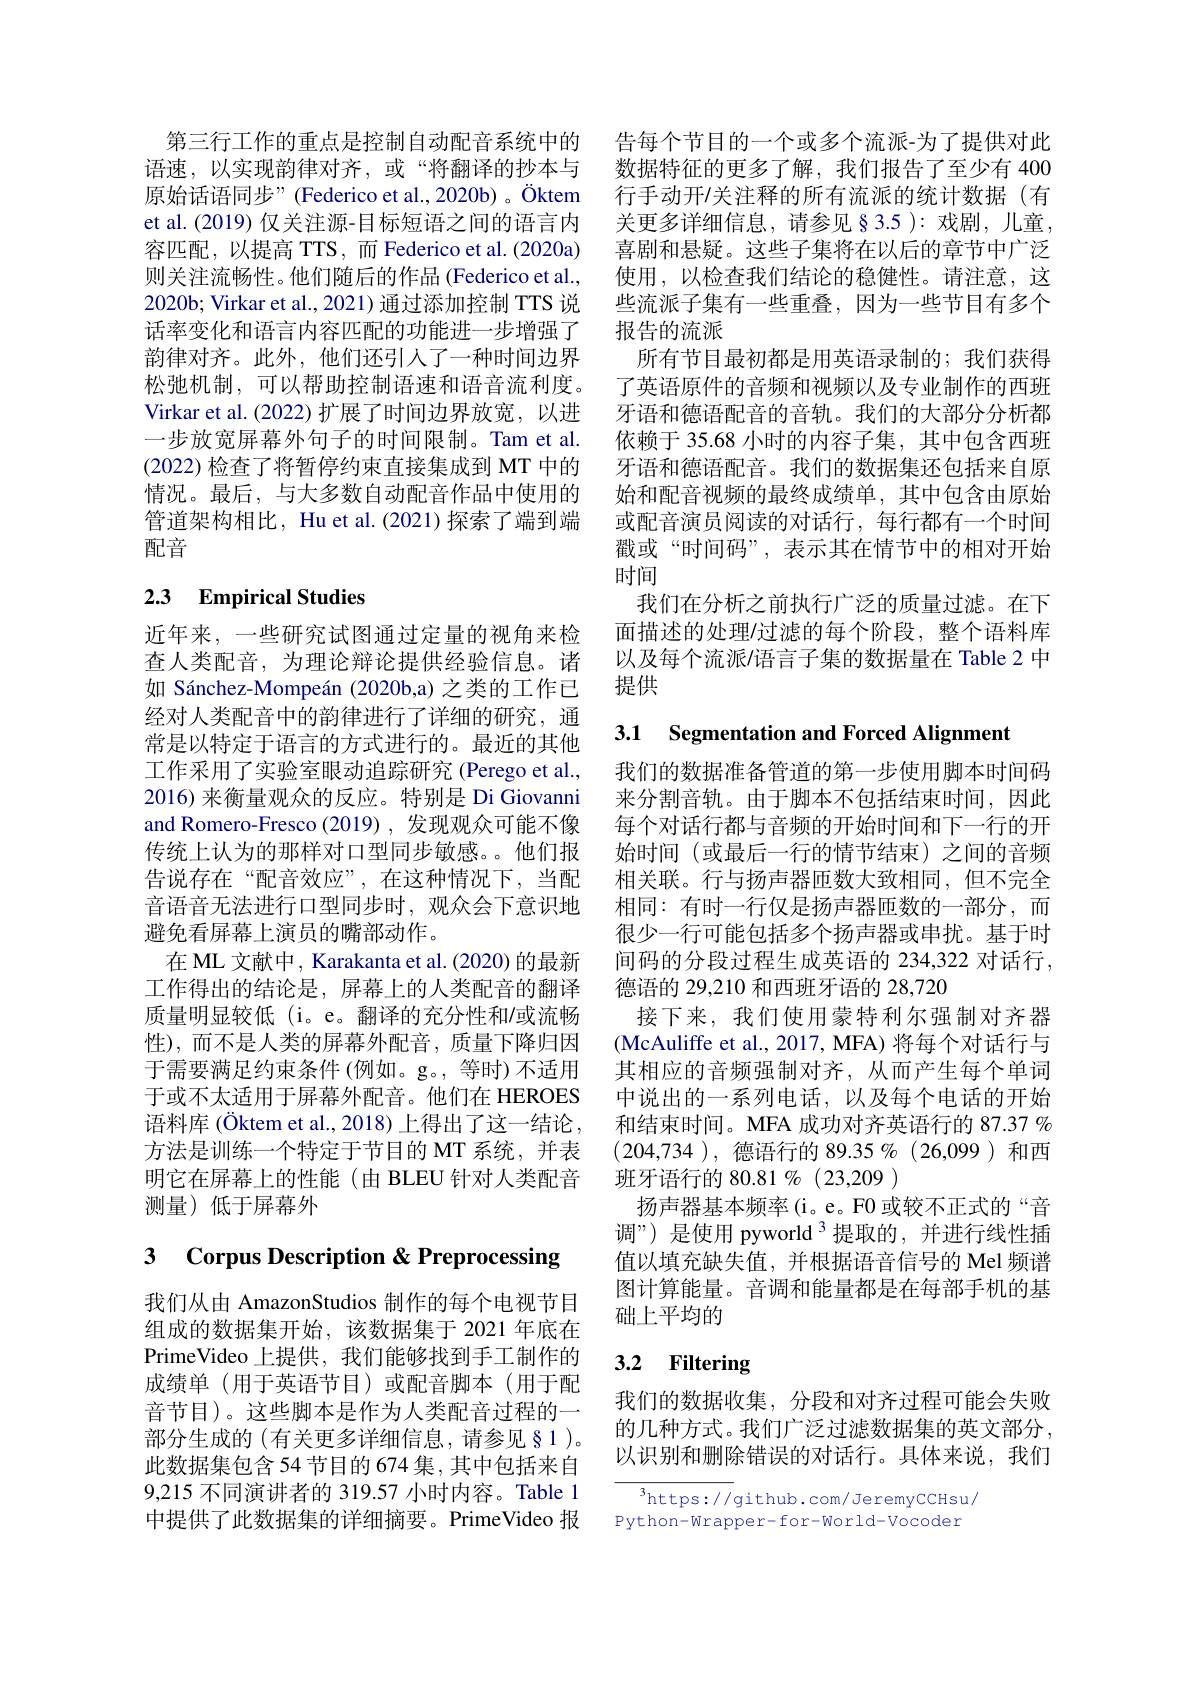
第三行工作的重点是控制自动配音系统中的语速，以实现韵律对齐，或“将翻译的抄本与原始话语同步”(Federico et al.,2020b) 。Öktem et al. (2019) 仅关注源-目标短语之间的语言内容匹配，以提高 TTS, 而 Federico et al.(2020a) 则关注流畅性。他们随后的作品 (Federico et al., 2020b; Virkar et al., 2021) 通过添加控制 TTS 说话率变化和语言内容匹配的功能进一步增强了韵律对齐。此外，他们还引人了一种时间边界松弛机制，可以帮助控制语速和语音流利度。Virkar et al. (2022) 扩展了时间边界放宽，以进一步放宽屏幕外句子的时间限制。Tam et al. (2022)检查了将暂停约束直接集成到 MT 中的情况。最后，与大多数自动配音作品中使用的管道架构相比，Hu et al.(2021)探索了端到端配音

# 23 Empirical Studies

近年来，一些研究试图通过定量的视角来检查人类配音，为理论辩论提供经验信息。诸如 Sánchez-Mompeán (2020b,a) 之类的工作已经对人类配音中的韵律进行了详细的研究，通常是以特定于语言的方式进行的。最近的其他工作采用了实验室眼动追踪研究 (Perego et al., 2016) 来衡量观众的反应。特别是 Di Giovanni and Romero-Fresco (2019) , 发现观众可能不像传统上认为的那样对口型同步敏感。他们报告说存在“配音效应”,在这种情况下，当配音语音无法进行口型同步时，观众会下意识地避免看屏幕上演员的嘴部动作。
在 ML 文献中，Karakanta et al. (2020) 的最新工作得出的结论是，屏幕上的人类配音的翻译质量明显较低(i。e。翻译的充分性和/或流畅性),而不是人类的屏幕外配音，质量下降归因于需要满足约束条件 (例如。g。, 等时)不适用于或不太适用于屏幕外配音。他们在 HEROES 语料库 (Öktem et al., 2018) 上得出了这一结论， 方法是训练一个特定于节目的 MT 系统，并表明它在屏幕上的性能(由 BLEU 针对人类配音测量)低于屏幕外

# 3 Corpus Description & Preprocessing

我们从由 AmazonStudios 制作的每个电视节目组成的数据集开始，该数据集于 2021 年底在PrimeVideo 上提供，我们能够找到手工制作的成绩单(用于英语节目)或配音脚本(用于配音节目)。这些脚本是作为人类配音过程的一部分生成的(有关更多详细信息，请参见§1)。此数据集包含 54 节目的 674 集 , 其中包括来自9,215 不同演讲者的 319.57 小时内容。Table 1中提供了此数据集的详细摘要。PrimeVideo 报

告每个节目的一个或多个流派-为了提供对此数据特征的更多了解，我们报告了至少有 400行手动开$\prime$关注释的所有流派的统计数据(有关更多详细信息，请参见§3.5 ):戏剧，儿童， 喜剧和悬疑。这些子集将在以后的章节中广泛使用，以检查我们结论的稳健性。请注意，这些流派子集有一些重叠，因为一些节目有多个报告的流派
所有节目最初都是用英语录制的；我们获得了英语原件的音频和视频以及专业制作的西班牙语和德语配音的音轨。我们的大部分分析都依赖于 35.68 小时的内容子集，其中包含西班牙语和德语配音。我们的数据集还包括来自原始和配音视频的最终成绩单，其中包含由原始或配音演员阅读的对话行，每行都有一个时间戳或“时间码”,表示其在情节中的相对开始时间
我们在分析之前执行广泛的质量过滤。在下面描述的处理$\prime$过滤的每个阶段，整个语料库以及每个流派/语言子集的数据量在 Table 2 中提供

3.1 Segmentation and Forced Alignment

我们的数据准备管道的第一步使用脚本时间码来分割音轨。由于脚本不包括结束时间，因此每个对话行都与音频的开始时间和下一行的开始时间 (或最后一行的情节结束)之间的音频相关联。行与扬声器匝数大致相同，但不完全相同：有时一行仅是扬声器匝数的一部分，而很少一行可能包括多个扬声器或串扰。基于时间码的分段过程生成英语的 234,322 对话行， 德语的 29,210 和西班牙语的 28,720
接下来，我们使用蒙特利尔强制对齐器(McAuliffe et al., 2017, MFA) 将每个对话行与其相应的音频强制对齐，从而产生每个单词中说出的一系列电话，以及每个电话的开始和结束时间。MFA 成功对齐英语行的 87.37 % (204,734 ),德语行的 89.35 %(26,099)和西班牙语行的 80.81 % (23,209 )
扬声器基本频率(i。e。F0 或较不正式的“音调”)是使用 pyworld$^{3}$提取的，并进行线性插值以填充缺失值，并根据语音信号的 Mel 频谱图计算能量。音调和能量都是在每部手机的基础上平均的

# 3.2 Filtering

我们的数据收集，分段和对齐过程可能会失败的几种方式。我们广泛过滤数据集的英文部分， 以识别和删除错误的对话行。具体来说，我们

$^3$https://github.com/JeremyCCHsu/ Python-Wrapper-for-World-Vocoder